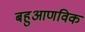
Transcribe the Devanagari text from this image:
बहुआणविक